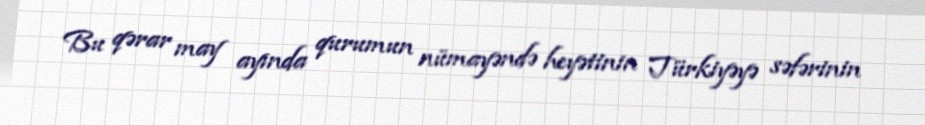
Bu qərar may ayında qurumun nümayəndə heyətinin Türkiyəyə səfərinin